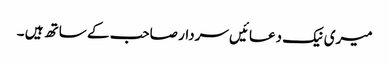
میری نیک دعائیں سردار صاحب کے ساتھ ہیں ۔